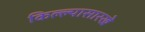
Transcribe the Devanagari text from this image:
किल्ल्यासारखे